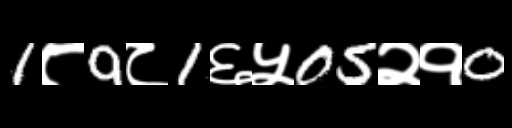
Text: 1८9८1६५05२१0